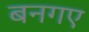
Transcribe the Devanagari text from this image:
बनगए